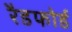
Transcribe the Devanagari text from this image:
रैडफोर्ड